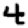
Digit: 4